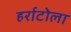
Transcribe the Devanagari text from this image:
हर्राटोला